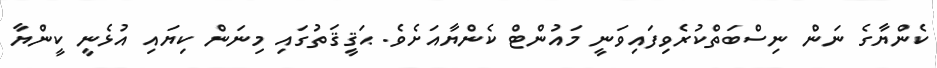
ކެންޔާގެ ނަން ނިސްބަތްކުރެވިފައިވަނީ މައުންޓް ކެންޔާއަށެވެ. ޙަޤީޤަތުގައި މިނަން ކިޔައިި އުޅެނީ ކީންޔާ